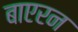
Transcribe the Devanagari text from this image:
बाएरन